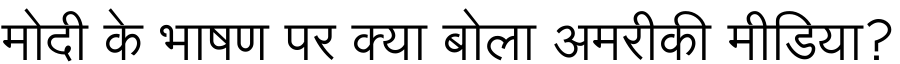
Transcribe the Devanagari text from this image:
मोदी के भाषण पर क्या बोला अमरीकी मीडिया?